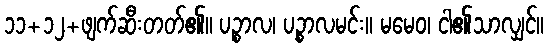
၁၁+၁၂+ဖျက်ဆီးတတ်၏။ ပဉ္စာလ၊ ပဉ္စာလမင်း။ မမေဝ၊ ငါ၏သာလျှင်။